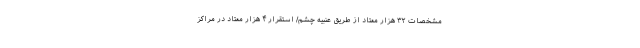
مشخصات ۳۲ هزار معتاد از طریق عنبیه چشم/ استقرار ۴ هزار معتاد در مراکز